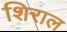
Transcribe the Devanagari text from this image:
शिराल